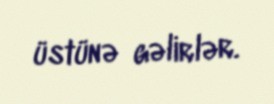
üstünə gəlirlər.